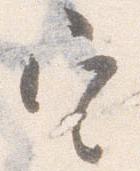
定